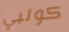
كولبي